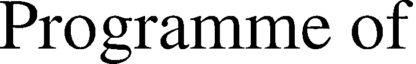
Programme of